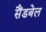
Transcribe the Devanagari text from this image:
सैंडबेल